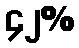
၄၂%